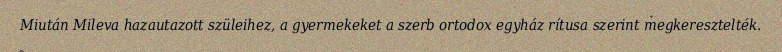
Miután Mileva hazautazott szüleihez, a gyermekeket a szerb ortodox egyház rítusa szerint megkeresztelték.